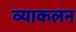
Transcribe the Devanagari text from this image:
व्याकलन